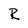
Character: R